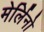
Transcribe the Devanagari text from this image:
मेर्लिनो